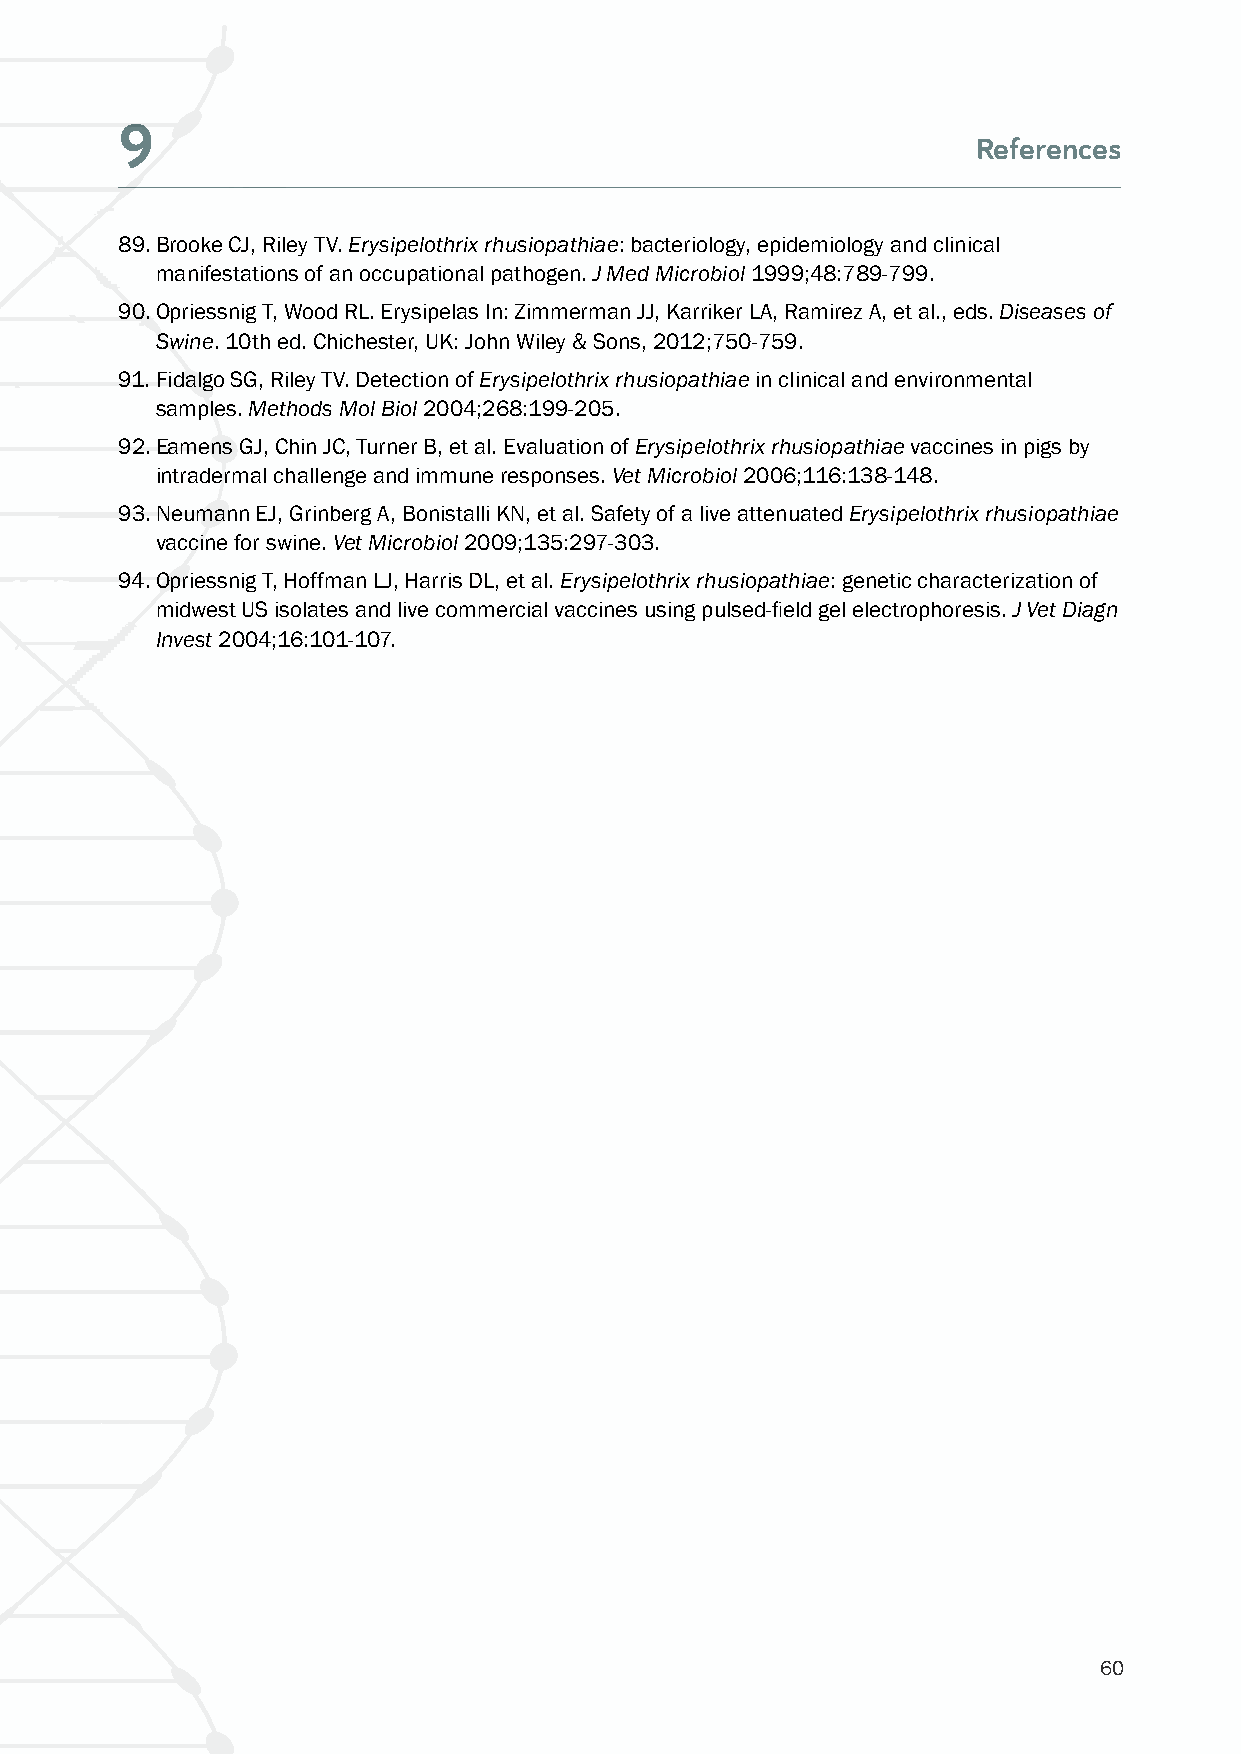
9
 References
 89. Brooke CJ, Riley TV. Erysipelothrix rhusiopathiae: bacteriology, epidemiology and clinical
 manifestations of an occupational pathogen. J Med Microbiol 1999;48:789-799.
 90. Opriessnig T, Wood RL. Erysipelas In: Zimmerman JJ, Karriker LA, Ramirez A, et al., eds. Diseases of
 Swine. 10th ed. Chichester, UK: John Wiley & Sons, 2012;750-759.
 91. Fidalgo SG, Riley TV. Detection of Erysipelothrix rhusiopathiae in clinical and environmental
 samples. Methods Mol Biol 2004;268:199-205.
 92. Eamens GJ, Chin JC, Turner B, et al. Evaluation of Erysipelothrix rhusiopathiae vaccines in pigs by
 intradermal challenge and immune responses. Vet Microbiol 2006;116:138-148.
 93. Neumann EJ, Grinberg A, Bonistalli KN, et al. Safety of a live attenuated Erysipelothrix rhusiopathiae
 vaccine for swine. Vet Microbiol 2009;135:297-303.
 94. Opriessnig T, Hoffman LJ, Harris DL, et al. Erysipelothrix rhusiopathiae: genetic characterization of
 midwest US isolates and live commercial vaccines using pulsed-field gel electrophoresis. J Vet Diagn
 Invest 2004;16:101-107.
 60